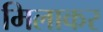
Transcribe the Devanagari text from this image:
मिलाकर